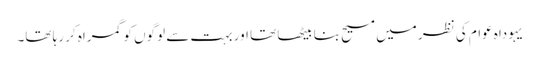
‏ یہوداہ عوام کی نظر میں مسیح بنا بیٹھا تھا اور بہت سے لوگوں کو گمراہ کر رہا تھا۔